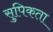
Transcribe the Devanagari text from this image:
सुपिकता